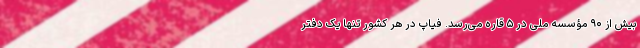
بیش از ۹۰ مؤسسه ملی در ۵ قاره می‌رسد. فیاپ در هر کشور تنها یک دفتر